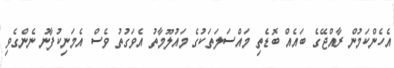
އެހެންކަމުން ރާއްޖޭގެ ބައެއް ބޮޑެތި މައްސަލަތަކުގެ މައުލޫމާތު އެވަގުތު ވެސް އެމަނިކުފާނު ނެންގެވި